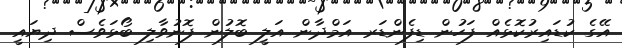
އޭގެ ކުޑައިރުކޮޅެއް ފަހުން ޑިފެންޑަރ އަމްދާން އަލީ ބޮލުން ފޮނުވާލި ބޯޅަވެސް ދިޔައީ